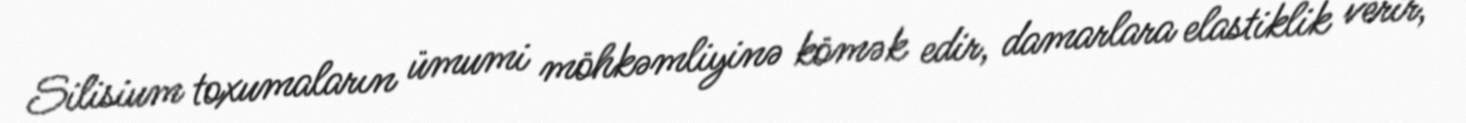
Silisium toxumaların ümumi möhkəmliyinə kömək edir, damarlara elastiklik verir,